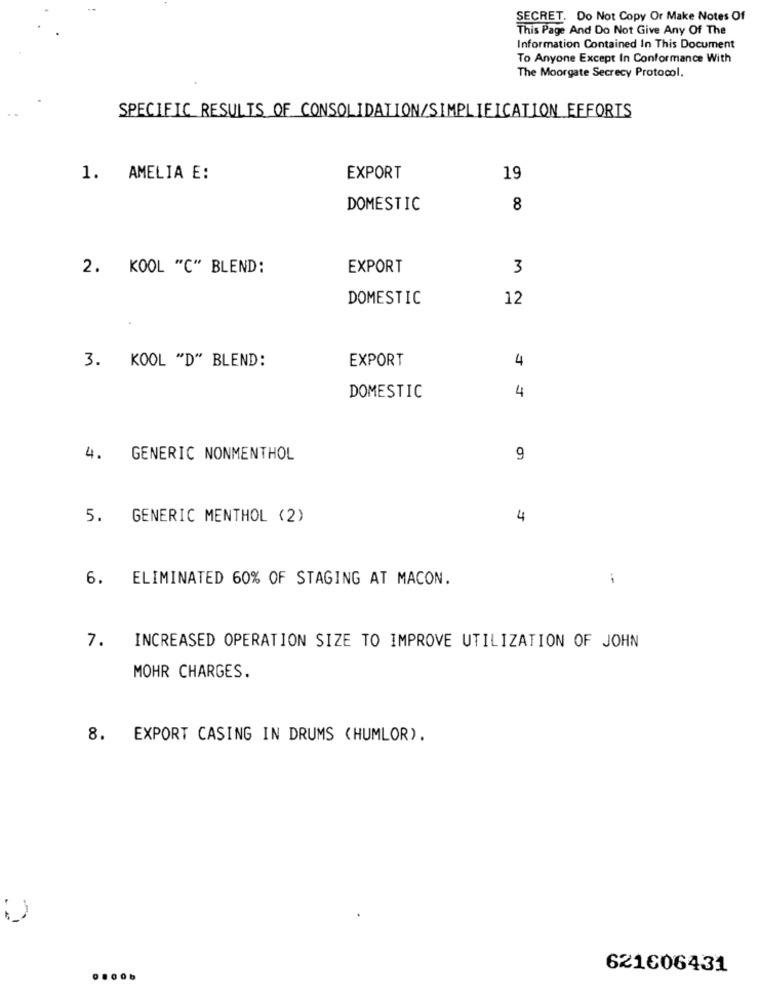
SECRET. Do Not Copy Or Make Notes Of
This Page And Do Not Give Any Of The
Information Contained In This Document
To Anyone Except In Conformance With
The Moorgate Secrecy Protocol.
SPECIFIC RESULTS OF CONSOLIDATION/SIMPLIFICATION EFFORTS
1. AMELIA E:
EXPORT
19
DOMESTIC
8
2. KOOL "C" BLEND:
EXPORT
3
DOMESTIC
12
3. KOOL "D" BLEND:
EXPORT
4
4
DOMESTIC
4.
GENERIC NONMENTHOL
9
5. GENERIC MENTHOL (2)
4
6. ELIMINATED 60% OF STAGING AT MACON.
7.
INCREASED OPERATION SIZE TO IMPROVE UTILIZATION OF JOHN
MOHR CHARGES.
8. EXPORT CASING IN DRUMS (HUMLOR).
621606431